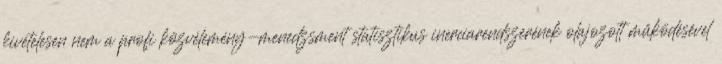
kivételesen nem a profi közvélemény-menedzsment statisztikus inerciarendszerének olajozott működésével